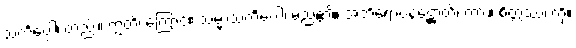
သင်္ကပ္ပေါ၊ တည်း။ ဣတိ၊ ကြောင့်။ သမ္မာသင်္ကပ္ပေါ၊ မည်၏။ အဘိရောပနဋ္ဌောတိ၊ ကား။ စိတ္တဿ၊ ကို။